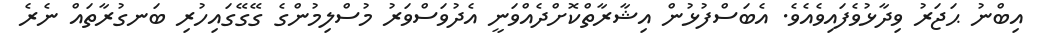
އިބްނު ޙަޖަރު ވިދާޅުވެފައިވެއެވެ. އެބަސްފުޅުން އިޝާރާތްކޮށްދެއްވަނީ އެދުވަސްވަރު މުސްލިމުންގެ ގޭގޭގައިހުރި ބަނގުރާތައް ނެރެ